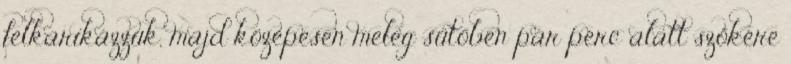
felkarikázzuk, majd közepesen meleg sütőben pár perc alatt szőkére